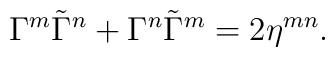
\Gamma^m\tilde\Gamma^n+\Gamma^n\tilde\Gamma^m=2\eta^{mn}.